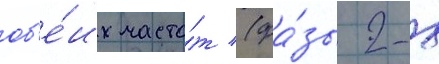
об'е́их часто́т (фа́зы 2-х